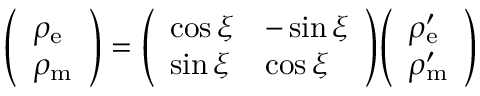
{ \left( \begin{array} { l } { \rho _ { \mathrm { e } } } \\ { \rho _ { \mathrm { m } } } \end{array} \right) } = { \left( \begin{array} { l l } { \cos \xi } & { - \sin \xi } \\ { \sin \xi } & { \cos \xi } \end{array} \right) } { \left( \begin{array} { l } { \rho _ { \mathrm { e } } ^ { \prime } } \\ { \rho _ { \mathrm { m } } ^ { \prime } } \end{array} \right) }